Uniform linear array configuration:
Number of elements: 8
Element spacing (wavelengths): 1
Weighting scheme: uniform
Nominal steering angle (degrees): -15
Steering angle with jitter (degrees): -15.4
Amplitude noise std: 0.05
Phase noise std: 0.05

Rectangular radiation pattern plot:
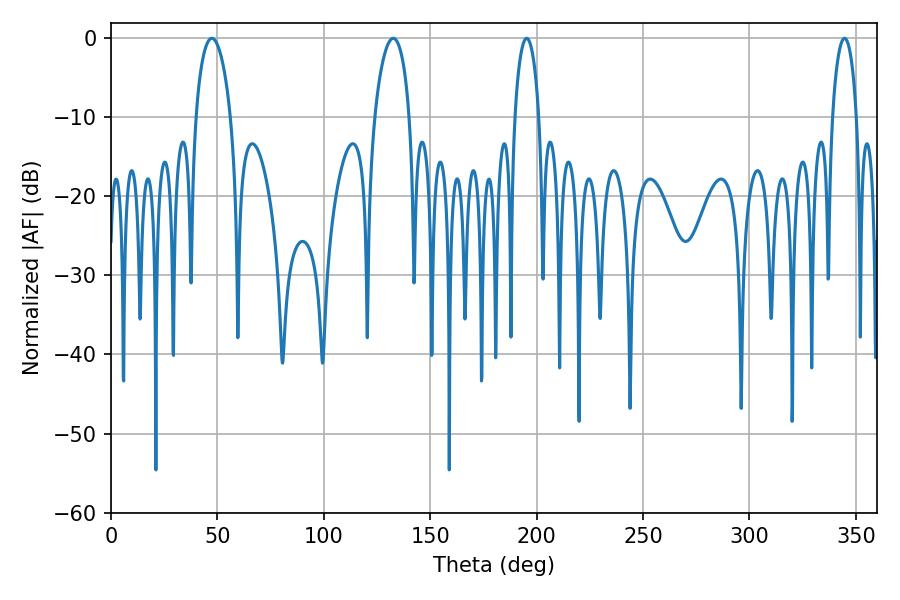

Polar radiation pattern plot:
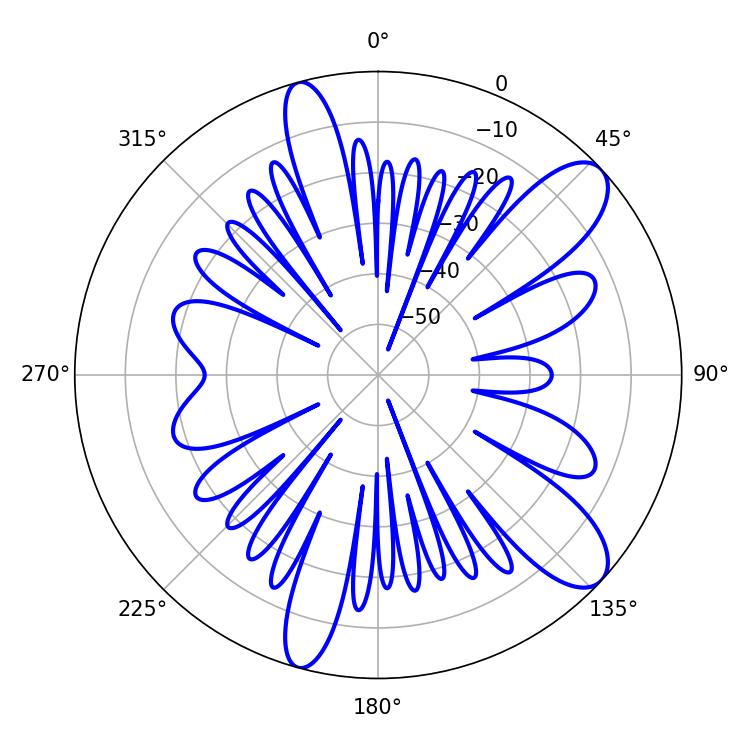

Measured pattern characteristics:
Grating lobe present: TRUE
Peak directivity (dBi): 10.211
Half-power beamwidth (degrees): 6.48
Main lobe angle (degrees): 195.3